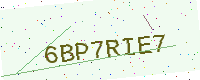
Text: 6BP7RIE7